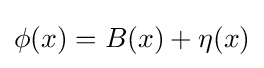
\phi (x)=B(x)+\eta (x)